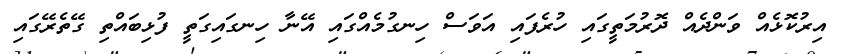
އިރުކޮޅެއް ވަންދެއް ދޮރުމަތީގައި ހުރެފައި އަވަސް ހިނގުމެއްގައި އޭނާ ހިނގައިގަތީ ފުޅިބައްތި ގޭތެރޭގައި